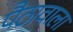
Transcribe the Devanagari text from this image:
पैठावाला